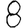
Digit: 8